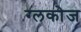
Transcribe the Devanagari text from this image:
ग्लकोज